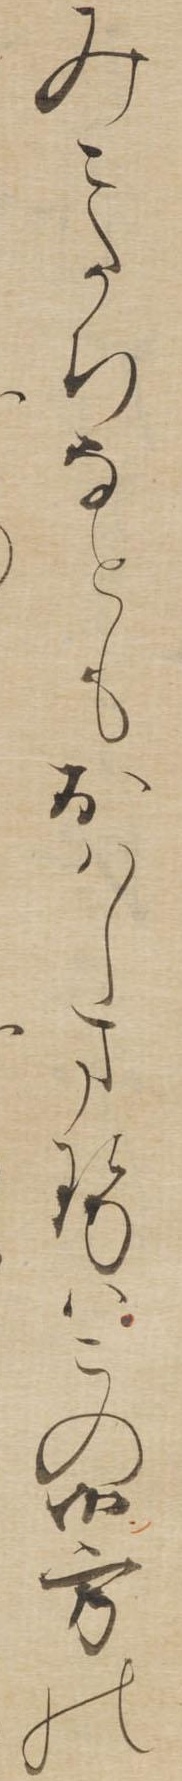
みこたちなともおはしませはこの御方の